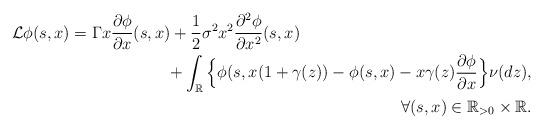
LaTeX: \begin{align*}\mathcal{L}\phi(s,x)=\Gamma x\frac{\partial \phi}{\partial x}(s,x) &+\frac{1}{2}\sigma^2x^2\frac{\partial^2 \phi}{\partial x^2}(s,x) \\&\begin{aligned}+ \int_\mathbb{R}\Big\{\phi(s,x(1+\gamma(z))-\phi(s,x)-x\gamma(z)\frac{\partial\phi}{\partial x}\Big\}\nu(dz),&\\ \forall (s,x)\in\mathbb{R}_{>0}\times\mathbb{R}.&\end{aligned}\end{align*}